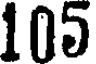
105